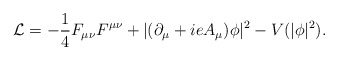
\begin{align*}{\cal L} = -\frac{1}{4} F_{\mu\nu}F^{\mu\nu} + | (\partial_{\mu}+ i e A_{\mu}) \phi |^2 - V(|\phi|^2).\end{align*}